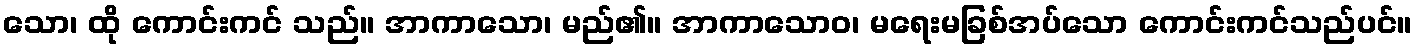
သော၊ ထို ကောင်းကင် သည်။ အာကာသော၊ မည်၏။ အာကာသောဝ၊ မရေးမခြစ်အပ်သော ကောင်းကင်သည်ပင်။